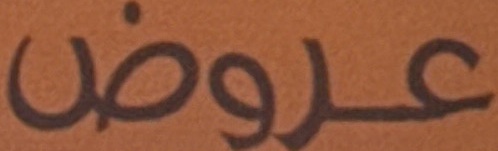
عروض